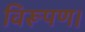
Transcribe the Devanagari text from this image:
विरूपण।